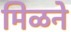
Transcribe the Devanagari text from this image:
मिळने